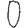
Digit: 0